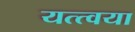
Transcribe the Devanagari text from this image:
यत्त्वया